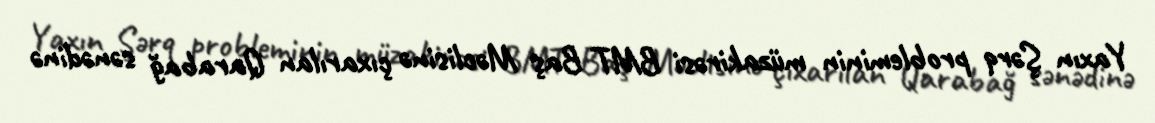
Yaxın Şərq probleminin müzakirəsi BMT Baş Məclisinə çıxarılan Qarabağ sənədinə